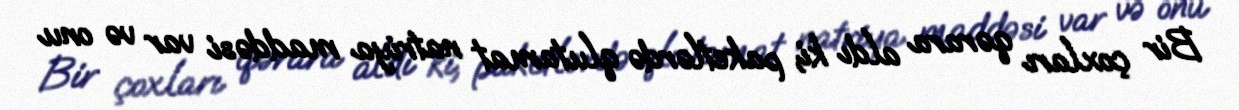
Bir çoxları qərara aldı ki, paketlərdə qlutamat natriya maddəsi var və onu